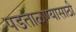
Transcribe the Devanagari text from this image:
पडताळण्यासाठी